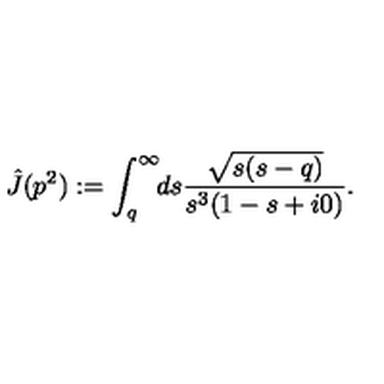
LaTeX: \hat { J } ( p ^ { 2 } ) : = \int _ { q } ^ { \infty } \! \! d s \frac { \sqrt { s ( s - q ) } } { s ^ { 3 } ( 1 - s + i 0 ) } .